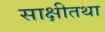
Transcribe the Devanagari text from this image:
साक्षीतथा